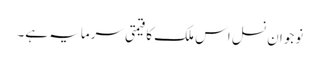
نوجوان نسل اس ملک کا قیمتی سرمایہ ہے۔